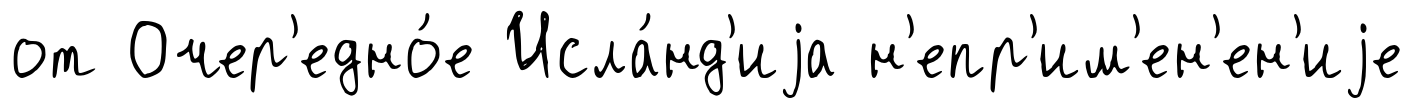
от Очер'едно́е Исла́нд'иjа н'епр'им'ен'ен'иjе